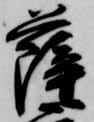
薩